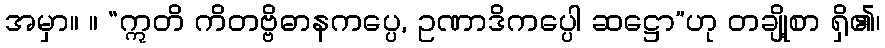
အမှာ။ ။ “ဣတိ ကိတဗ္ဗိဓာနကပ္ပေ, ဥဏာဒိကပ္ပေါ ဆဋ္ဌော”ဟု တချို့စာ ရှိ၏၊